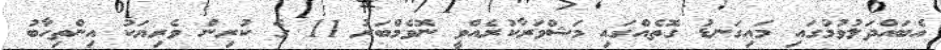
އެބައްދަލުވުމުގައި މައިގަނޑު ގޮތެއްގައި މަޝްވަރާކުރެއްވީ ނޮވެމްބަރު 11 ގެ ކުރިން ވެރިޔަކު އިންތިހާބު